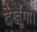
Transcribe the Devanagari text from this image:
देखूँगा।